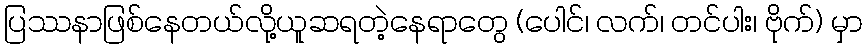
ပြဿနာဖြစ်နေတယ်လို့ယူဆရတဲ့နေရာတွေ (ပေါင်၊ လက်၊ တင်ပါး၊ ဗိုက်) မှာ